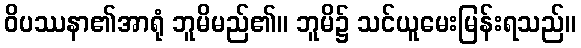
ဝိပဿနာ၏အာရုံ ဘူမိမည်၏။ ဘူမိ၌ သင်ယူမေးမြန်းရသည်။